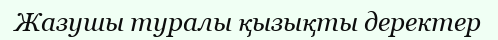
Жазушы туралы қызықты деректер